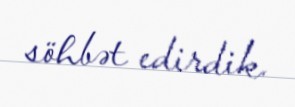
söhbət edirdik.